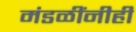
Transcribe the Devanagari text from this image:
मंडळींनीही